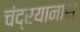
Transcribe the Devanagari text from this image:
चंद्रयानास